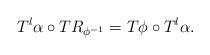
LaTeX: \begin{align*} T^l\alpha \circ TR_{\phi^{-1}}=T\phi\circ T^l\alpha . \end{align*}